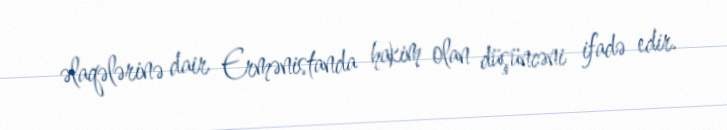
əlaqələrinə dair Ermənistanda hakim olan düşüncəni ifadə edir.